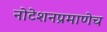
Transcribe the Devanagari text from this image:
नोटेशनप्रमाणेच